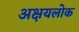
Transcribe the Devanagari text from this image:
अक्षयलोक